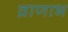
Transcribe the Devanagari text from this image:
व्राणाभ